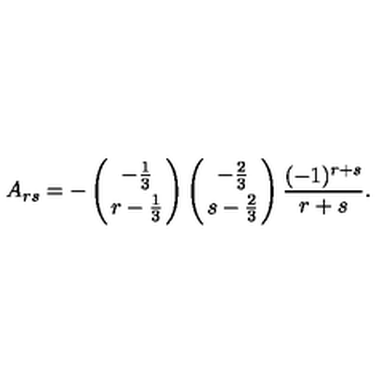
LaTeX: A _ { r s } = - \left( { - { \frac { 1 } { 3 } } \atop { r - { \frac { 1 } { 3 } } } } \right) \left( { - { \frac { 2 } { 3 } } \atop { s - { \frac { 2 } { 3 } } } } \right) { \frac { ( - 1 ) ^ { r + s } } { r + s } } .